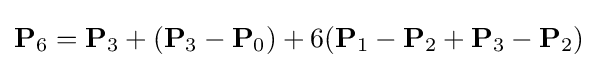
\mathbf {P} _{6}=\mathbf {P} _{3}+(\mathbf {P} _{3}-\mathbf {P} _{0})+6(\mathbf {P} _{1}-\mathbf {P} _{2}+\mathbf {P} _{3}-\mathbf {P} _{2})